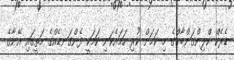
ޑެރެކް ކްލިންގަންބާގްގެ މި ކަމަށް ކުރި ހަމައެކަނި ކަމަކީ ފެންގަނޑެއްގެ މަތީގައި އޭނާގެ